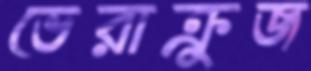
ভেরাক্রুজ